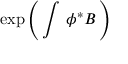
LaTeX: \exp \left( \, \int \, \phi ^ { * } B \, \right)